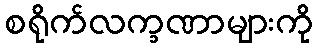
စရိုက်လက္ခဏာများကို